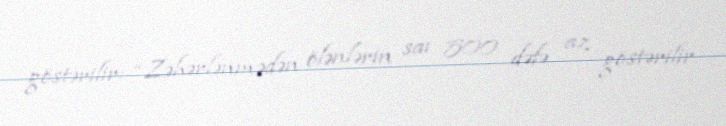
göstərilir: “Zəhərlənmədən ölənlərin saı 500 dəfə az göstərilir.